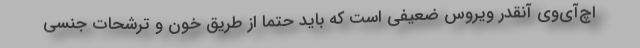
اچ‌آی‌وی آنقدر ویروس ضعیفی است که باید حتما از طریق خون و ترشحات جنسی